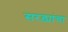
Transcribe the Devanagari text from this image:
सरड्यांचा